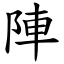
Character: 陣